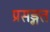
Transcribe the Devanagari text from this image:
प्रसङ्गत